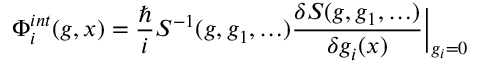
\Phi _ { i } ^ { i n t } ( g , x ) = { \frac { \hbar } { i } } S ^ { - 1 } ( g , g _ { 1 } , \ldots ) \frac { \delta S ( g , g _ { 1 } , \ldots ) } { \delta g _ { i } ( x ) } \Big | _ { g _ { i } = 0 }